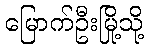
မြောက်ဦးမြို့သို့